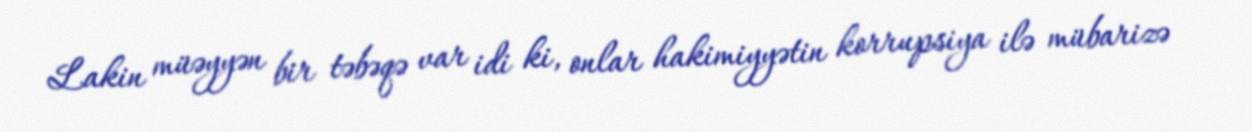
Lakin müəyyən bir təbəqə var idi ki, onlar hakimiyyətin korrupsiya ilə mübarizə